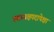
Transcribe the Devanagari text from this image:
उपाध्यक्षपदापेक्षा